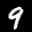
Label: 9